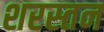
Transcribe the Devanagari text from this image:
शरस्तन